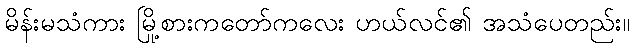
မိန်းမသံကား မြို့စားကတော်ကလေး ဟယ်လင်၏ အသံပေတည်း။